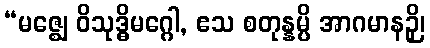
“မဇ္ဈေ ဝိသုဒ္ဓိမဂ္ဂေါ, ဧသ စတုန္နမ္ပိ အာဂမာနဉှိ၊